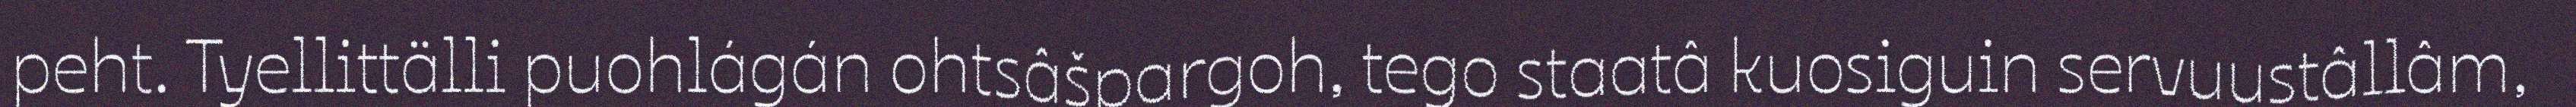
peht. Tyellittälli puohlágán ohtsâšpargoh, tego staatâ kuosiguin servuustâllâm,